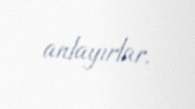
anlayırlar.